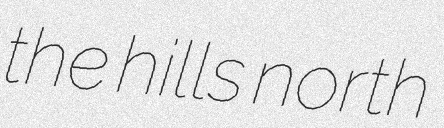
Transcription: the hills north